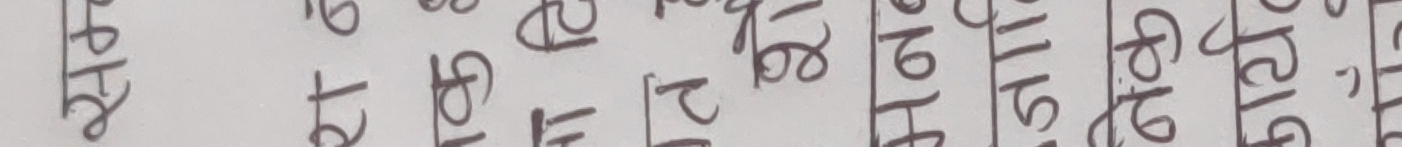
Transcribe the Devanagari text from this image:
भेटघाट